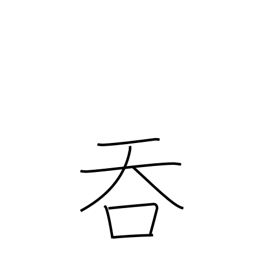
Meaning: annex